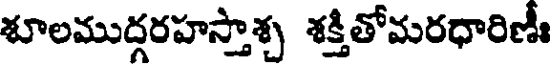
శూలముద్గరహస్తాశ్చ శక్తితోమరధారిణీః